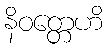
နိဝတ္တေဟိ